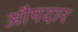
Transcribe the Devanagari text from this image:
औपदार